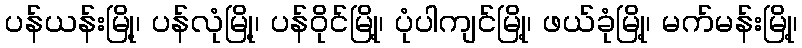
ပန်ယန်းမြို့၊ ပန်လုံမြို့၊ ပန်ဝိုင်မြို့၊ ပုံပါကျင်မြို့၊ ဖယ်ခုံမြို့၊ မက်မန်းမြို့၊